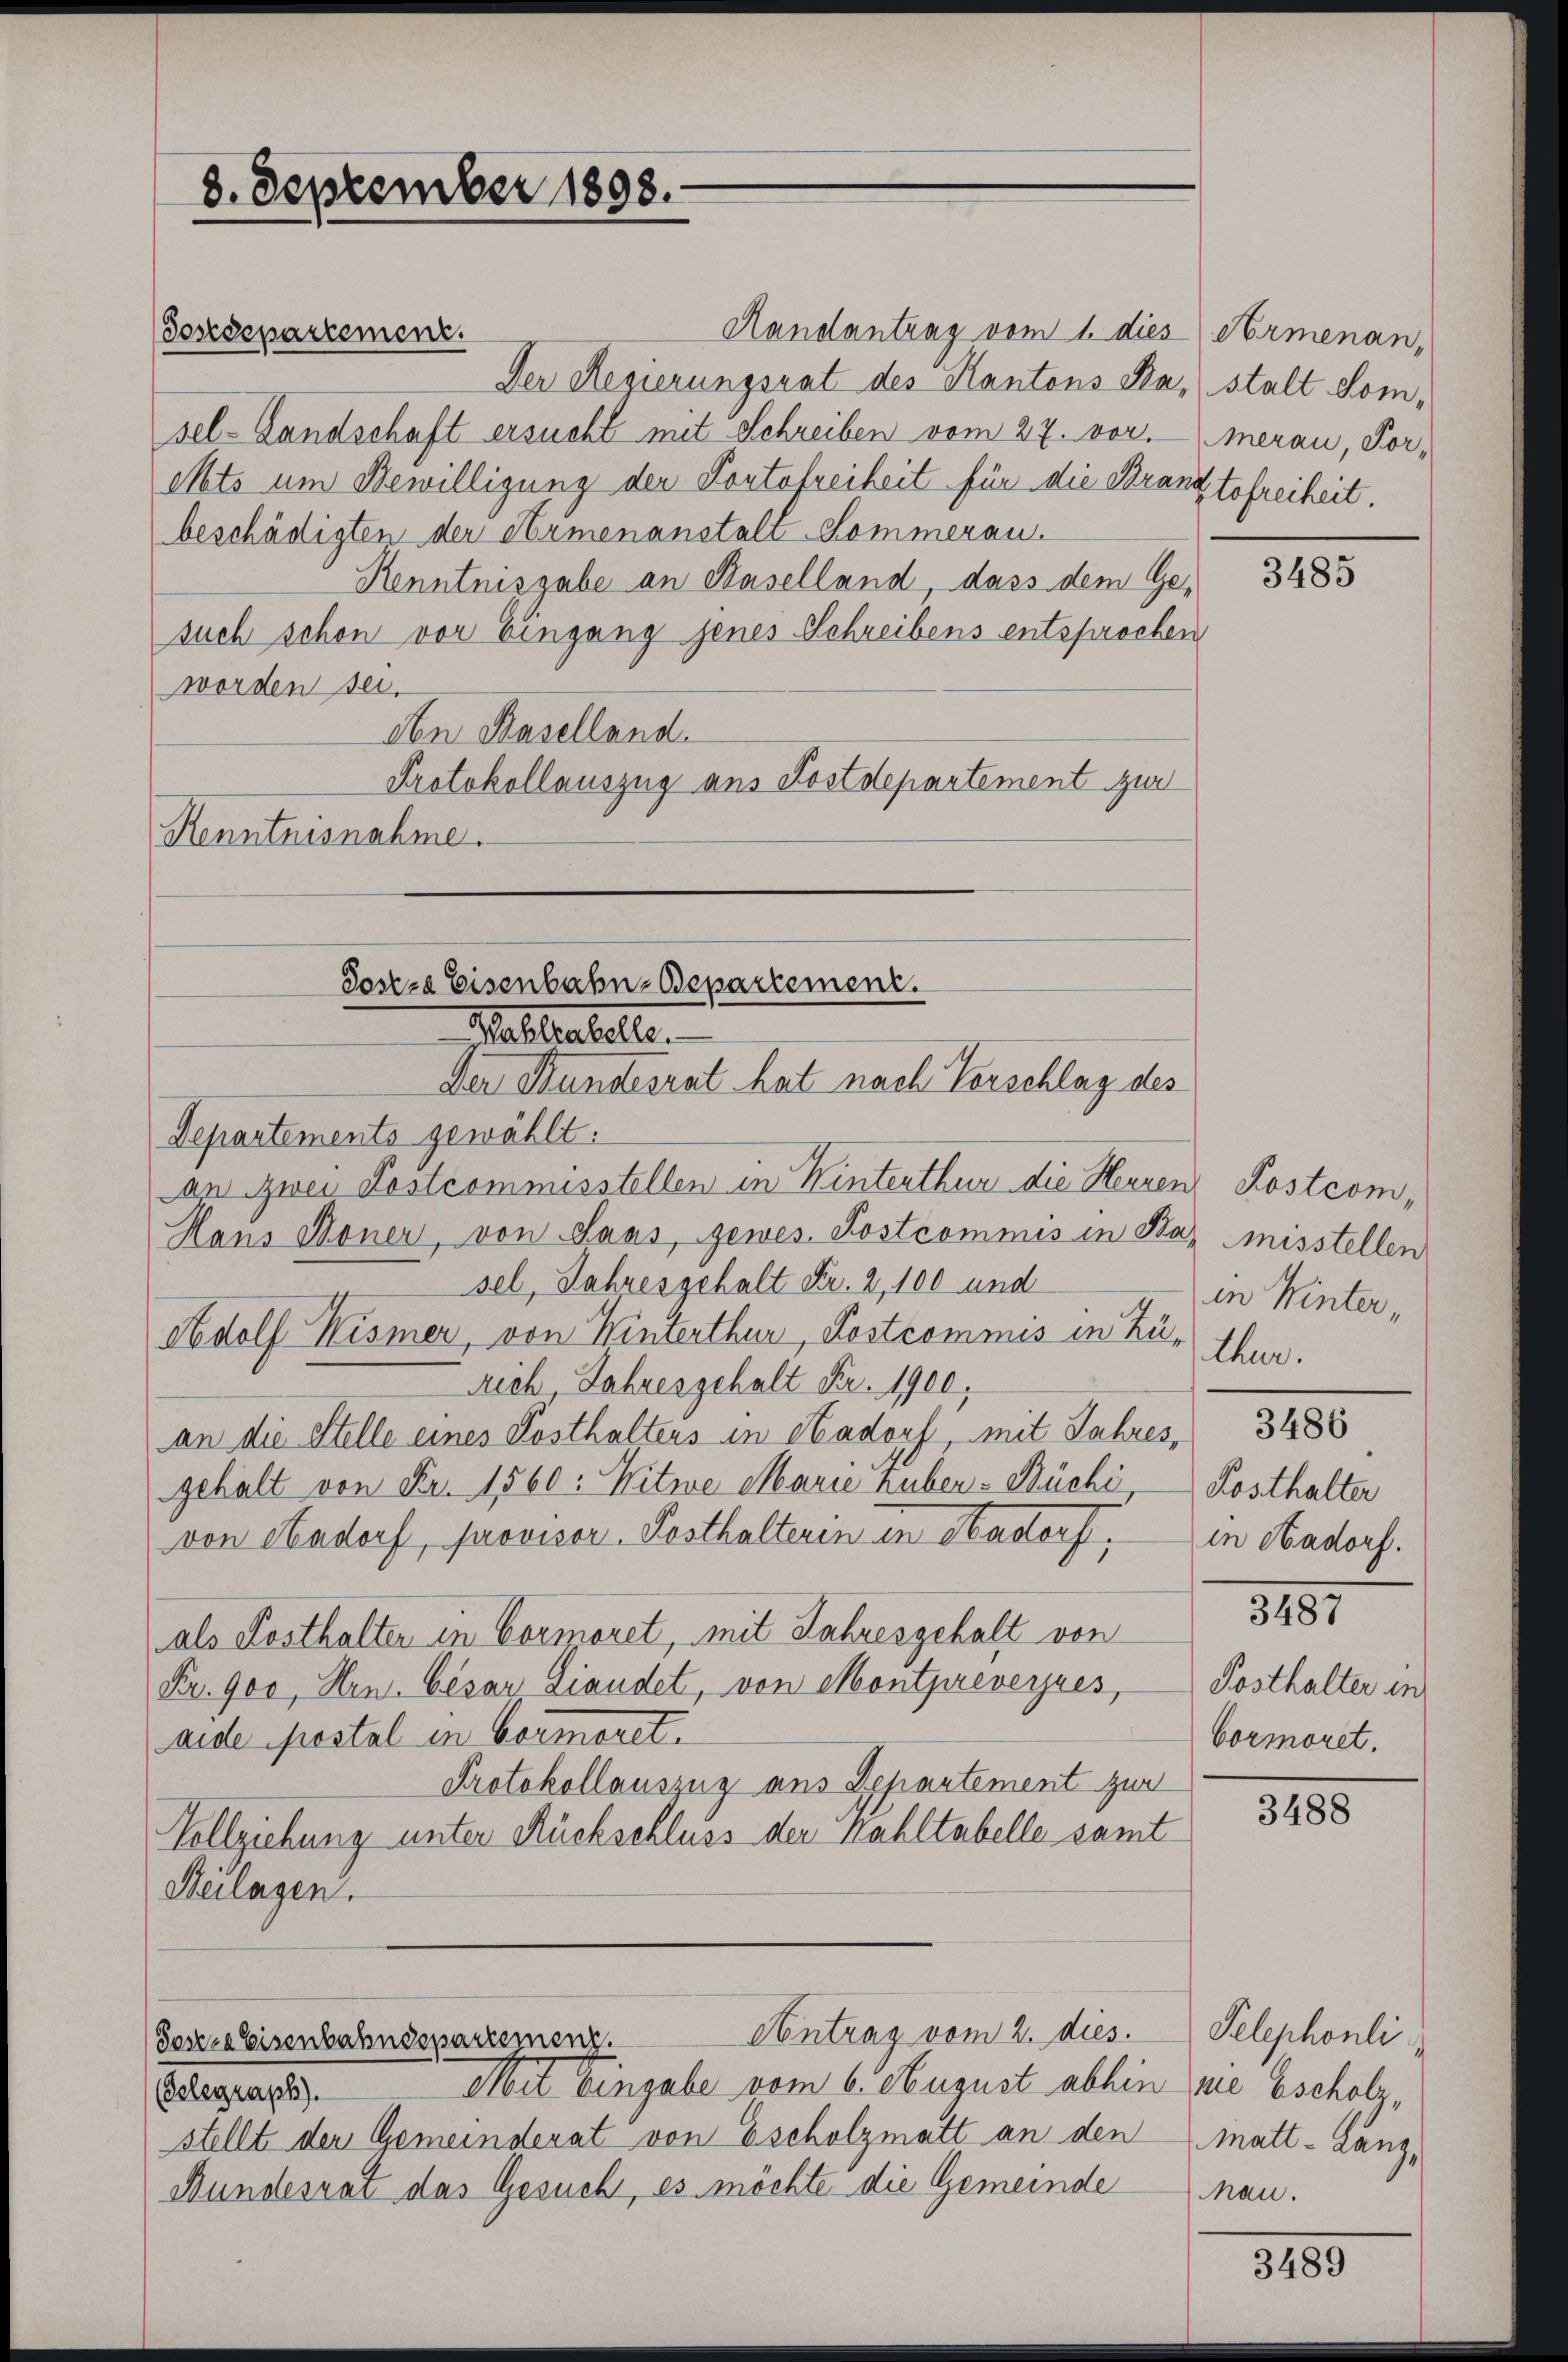
8. September 1898.

Toseze Eisenbahn-Departement.
Mahlestelle.
Der Bundesrat hat nach Vorschlag des

Sosere Eisenbahnsspartement.

Antrag vom 2. dies.

Randantrag vom 1. dies
Sosedepartement.
Der Regierungsrat des Kantons Kastalt Somsel-Landschaft ersucht mit Schreiben vom 27. vor.
Mts um Bewilligung der Portofreiheit für die Bran
beschädigten der Armenanstalt Sommeran.
Renntnisgabe an Baselland, dass dem Ge-
such schon vor Eingang jenes Schreibens entsprocher
worden sei.
den Kaselland.
Protokollauszug aus Postdepartement zur
Renntnisnahme.
Departements gewählt:
an zwei Postcommisstellen in Winterthur die Herren Postcom¬
Hans Moner, von Saas, gewes. Postcommis in Baz misstellen
sel, Jahresgehalt Fr. 2, 100 und
Adolf Kismer, von Hinterthur, Postcommis in Zu- thur.
rich, Jahres gehalt Fr. 1900
an die Stelle eines Posthaltens in Aadorf, mit Jahres,
gehalt von Fr. 1560: Witwe Marie tuben. Büchi,
von Aadorf, provisor Posthalteren in Hadorf,
als Posthalter in Vormoret, mit Jahresgehalt von
Fr. 900, Hrn. Cesar Landet, von Montprevernes,
ande postal in Vormeret.
Protokollauszug aus Departement zur
Vollziehung unter Rückschluss der Wahltabelle samt
Beilagen.

Mit Eingabe vom 6. August abhin
(Gelegraph).
stellt der Gemeinderat von Escholzmatt an den
Bundesrat das Gesuch, es möchte die Gemeinde

Armenan,
merau, For-
Etofreiheit.

3485

in Winter,

Kosthalter
in Aadorf.

3486

3187

Posthalter in
Cormoret.

3488

Telephonli
sie Escholz,
matt - Lanz,
Man.

3489